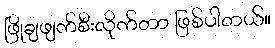
ဖြိုချဖျက်စီးလိုက်တာ ဖြစ်ပါတယ်။